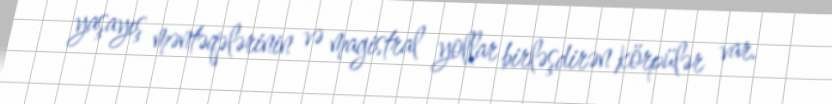
yaşayış məntəqələrinin və magistral yollar birləşdirən körpülər var.